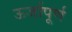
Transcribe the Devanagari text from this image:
ऊर्जापूर्ण